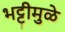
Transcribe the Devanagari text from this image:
भट्टीमुळे